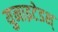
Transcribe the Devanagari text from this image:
युनाइटेडश्